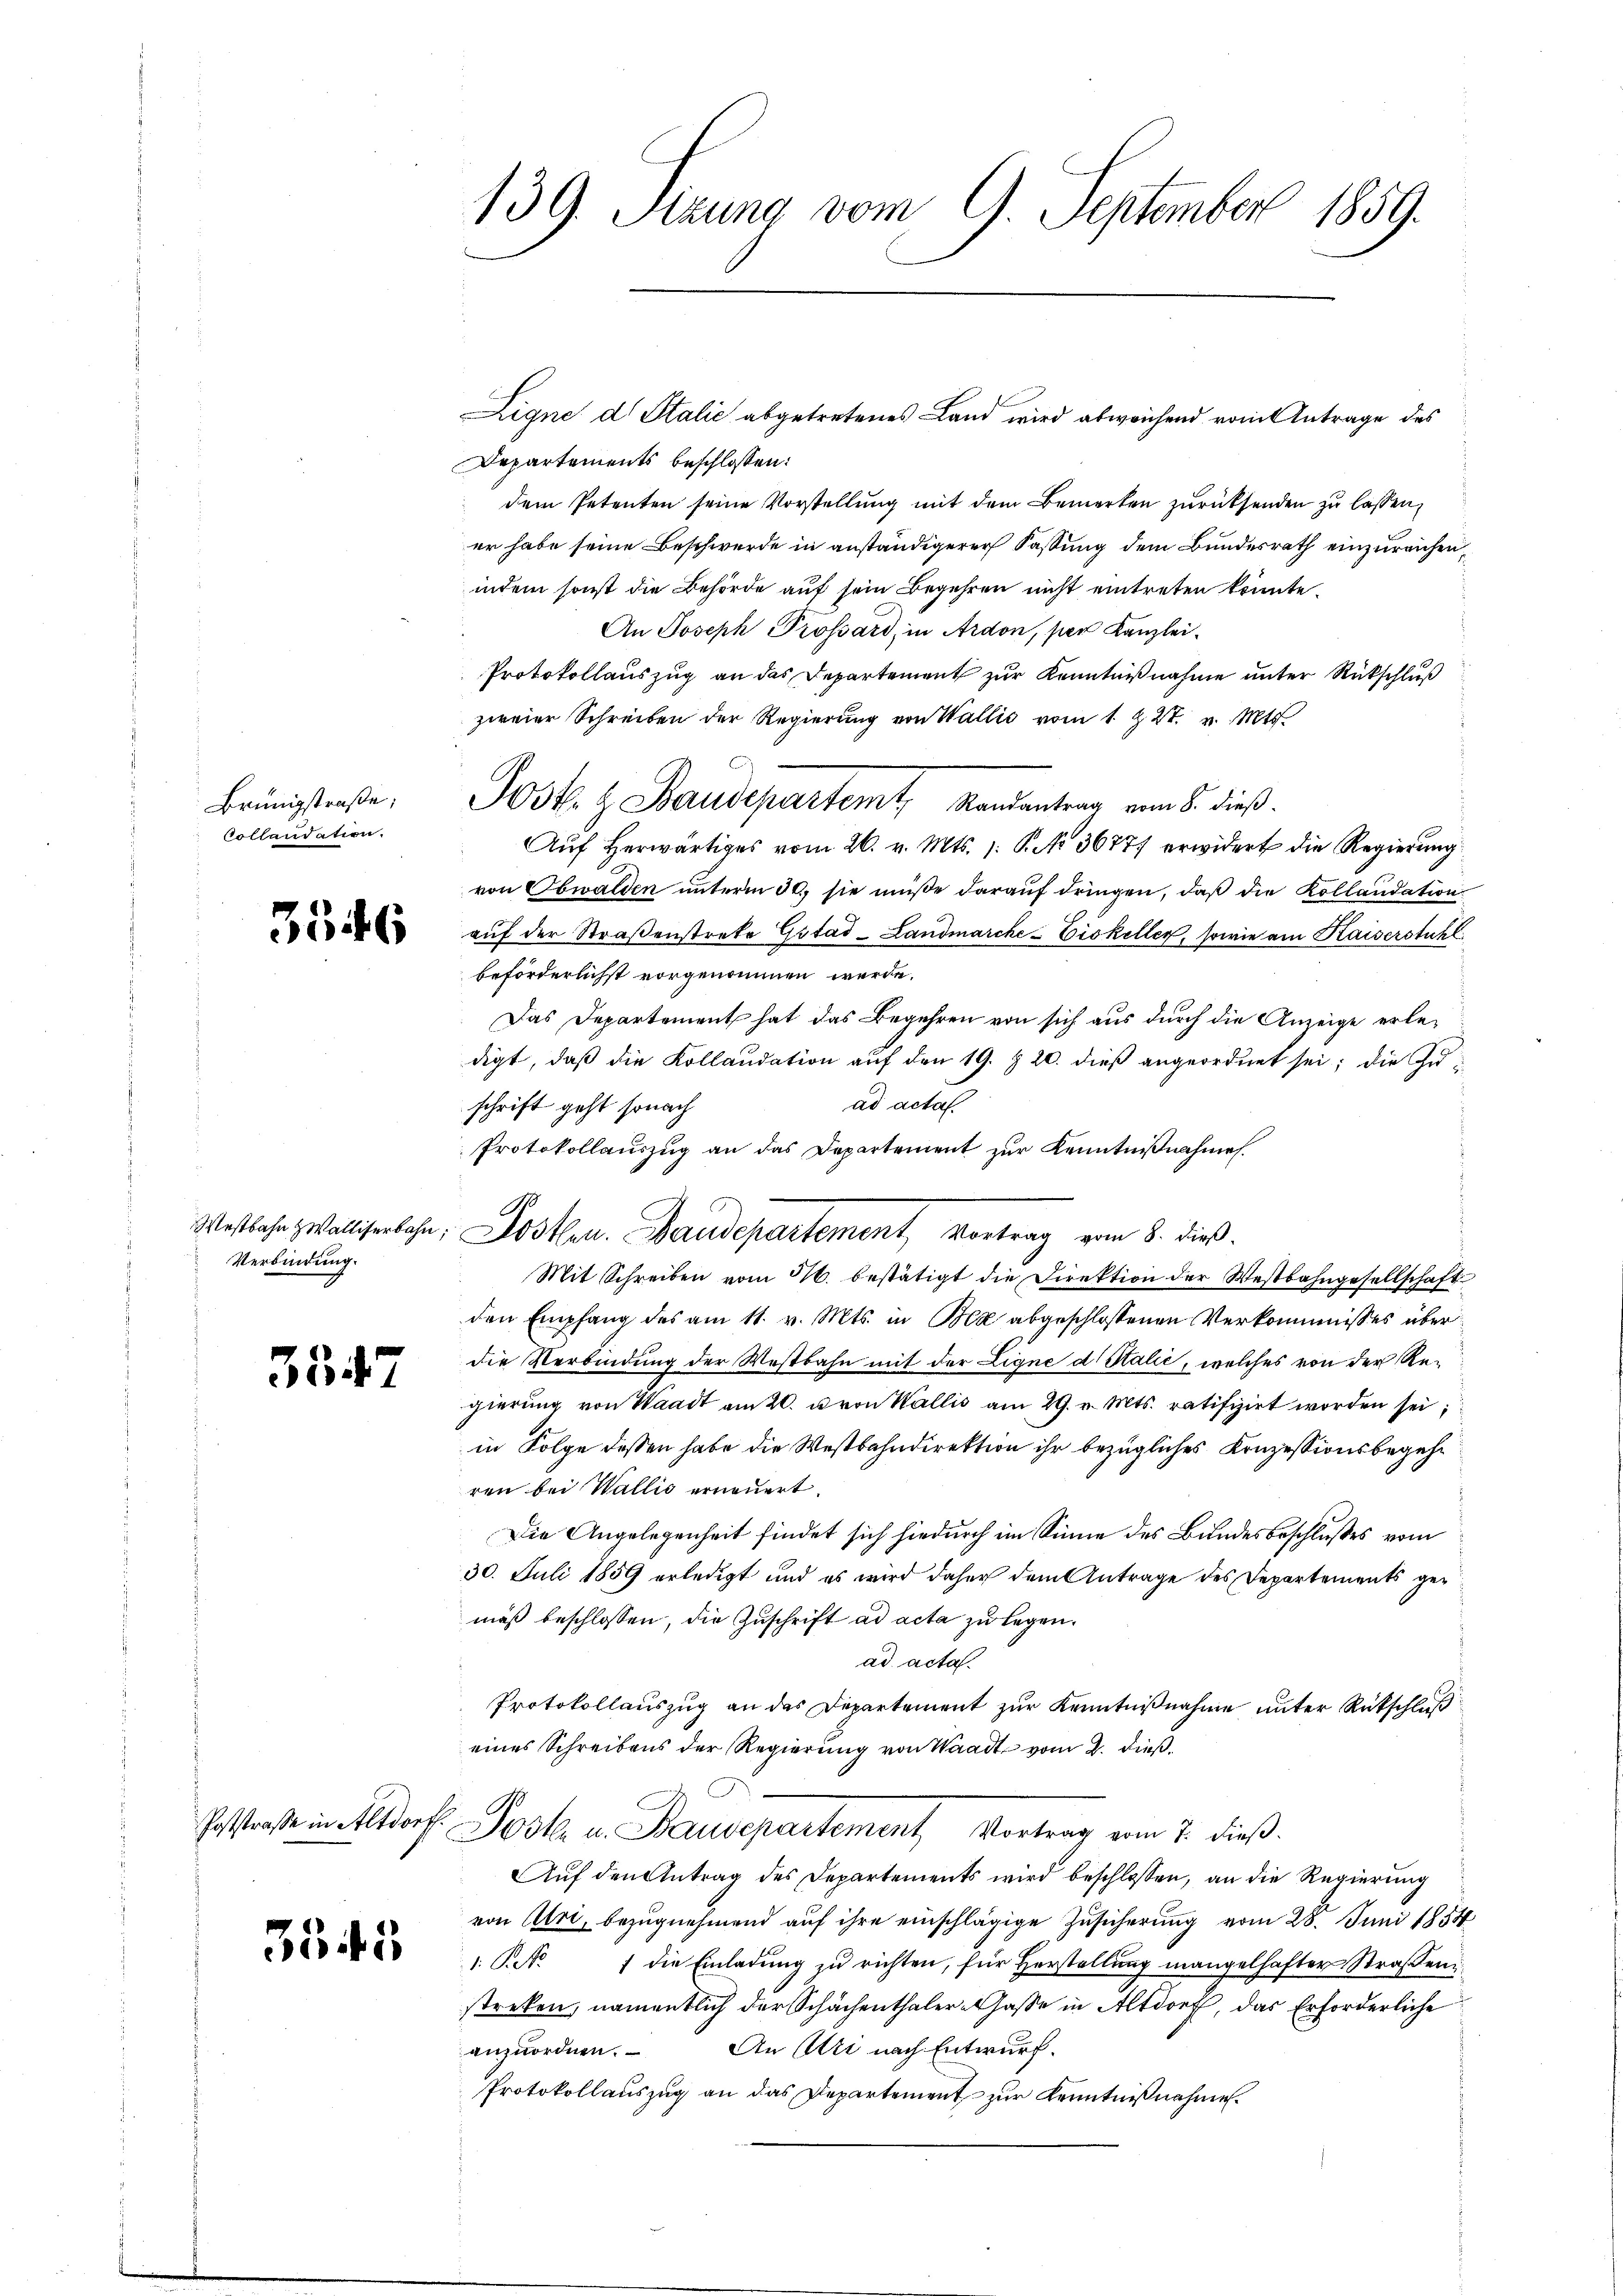
Brünigstraße;
Collandation.

3546

Westbahn & Walliserbahn;
Verbindung.

3547

Poststraße in Altdorf.

3345

139. Sitzung vom 9. September 1859.

Departements beschlossen:
dem Petenten seine Vorstellung mit dem Bemerken zurücksenden zu lassen,
er habe seine Beschwerde in anständigerer Fassung dem Bundesrath einzureichen,
indem sonst die Behörde auf sein Begehren nicht eintreten könnte.
An Joseph Prossard, in Ardon, per Kanzlei-
Protokollauszug an das Departement zur Kenntnißnahme unter Rückschluß
zweier Schreiben der Regierŭng von Wallis vom 1. & 27. v. Mts.
Post. H. Baudepartemt, Randantrag vom 8. dieß.
Aŭf herwärtiges vom 26. v. Mts. 1. P. Nr. 36777 erwidert die Regierung
von Obwalden unterm 30. sie müße darauf dringen, daß die Kollaudation
auf der Straßenstrato Gitas-Landmarcke-Eiskeller, sowie am Kaiserstuhl
beförderlichst vorgenommen werde.
Das Departement hat das Begehren von sich aus durch die Anzeige erledigt, daß die Kollaudation auf den 19. Z. 20. dieß angeordnet sei; die Zuad acta.
schrift geht sonach
Protokollauszug an das Departement zur Kenntnißnahmes.
1
Josten. Baudepartement, vortrag vom 8. dieß.
Mit Schreiben vom 16. bestätigt die Direktion der Westbahngesellschaft
den Empfang des am 11. v. Mts. in Bez abgeschlossenen Verkommnisses über
die Verbindung der Westbahn mit der Eigne di Salić, welches von der Regierung von Waadt am 20. u von Wallis am 29. v. Mts. ratifizirt worden sei;
in Folge dessen habe die Westbahndirektion ihr bezügliches Konzessionsbegehr
ren bei Wallis erneuert.
Die Angelegenheit findet sich hiedurch im Sinne des Bundesbeschlußes vom
30. Juli 1859 erledigt und es wird daher dem Antrage des Departements gemäß beschlossen, die Zuschrift ad acta zu legen.
ad acta.
Protokollauszug an das Departement zur Kenntnißnahme unter Rückschluß
eines Schreibens der Regierung von Waadt vom 2. dieß¬
Post u. Baudepartement Vortrag vom 7. dieβ.
Auf den Antrag des Departements wird beschlossen, an die Regierung
von Uri, bezugnehmend auf ihre einschlägige Zusicherung vom 28. Juni 1854
1. P. 1 die Einladung zu richten, für Herstellung mangelhafter Straßenstreken, namentlich der Schächenthaler Gasse in Altdorf, das Erforderliche
An Art nach Entwurf.
anzuordnen.
Protokollauszug an das Departement zur Kenntnißnahme

Zigne d. Stalić abgetretenes Land wird abweichend vom Antrage des